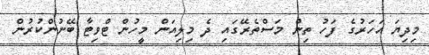
މިދިޔަ އަހަރުގެ ފަހު ތިން މަސްތެރޭގައި ދެ މިލިއަން މީހުން ޓްވިޓާ ބޭނުންކުރުން